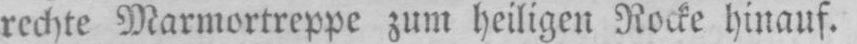
rechte Marmortreppe zum heiligen Rocke hinauf,